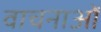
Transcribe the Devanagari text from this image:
वाचनाओं